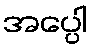
အပ္ပေါ